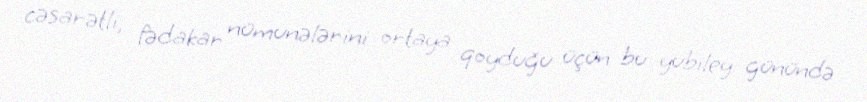
cəsarətli, fədakar nümunələrini ortaya qoyduğu üçün bu yubiley günündə